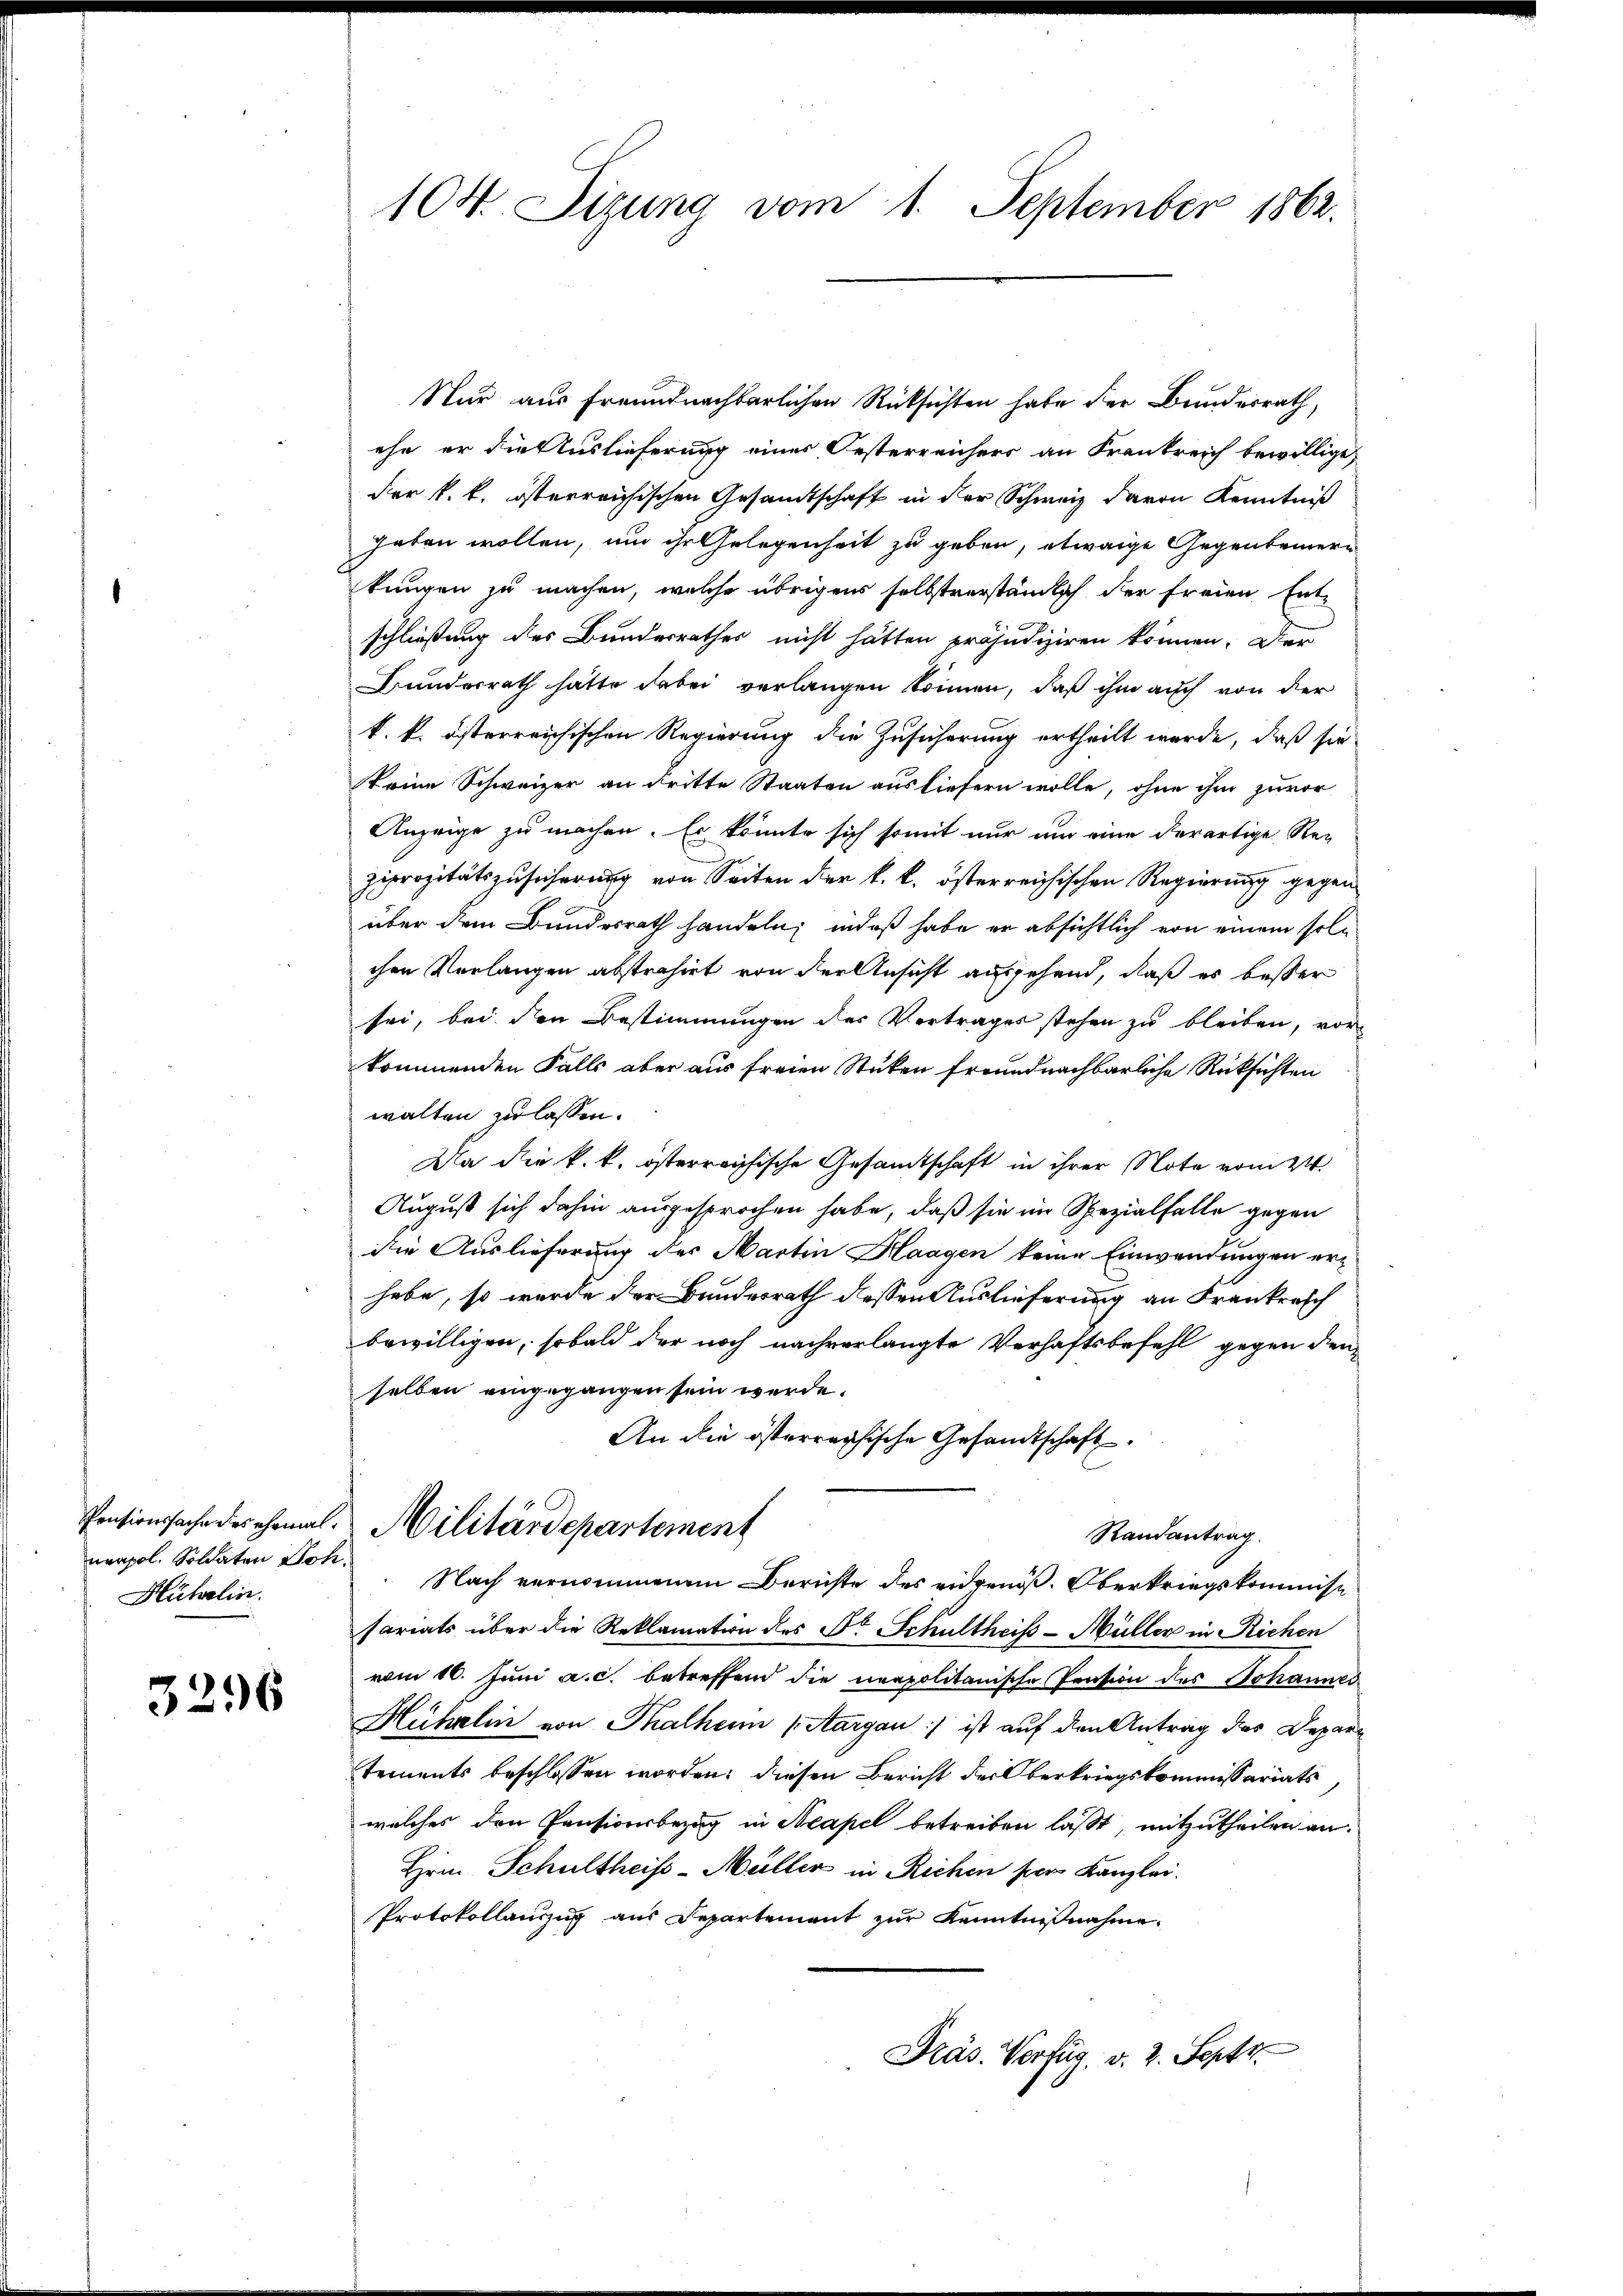
neapol. Soldaten Joh.
Hübelin.

3296

104. Sizung vom 1. September 1862.

Nur aus freundnachbarlichen Rücksichten habe der Bundesrath,
ehe er die Auslieferung eines Oesterreichers an Frankreich bewillige,
der k. k. österreichischen Gesandtschaft in der Schweiz davon Kenntniß
geben wollen, und ihr Gelegenheit zu geben, etwaige Gegenbeinern
kungen zu machen, welche übrigens selbstverständlich der freien Entschließung des Bundesrathes nicht hätten präjudiziren können. Der
Bunderrath hätte dabei verlangen können, daß ihm auch von der
k. k. österreichischen Regierung die Zusicherung ertheilt werde, daß sie
keine Schweizer an dritte Staaten ausliefern wolle, ohne ihm zuvor
Anzeige zu machen. Es könnte sich somit nur um eine derartige Re-
Ziprozitätszusicherung von Seiten der k. k. österreichischen Regierung gegen
über dem Bundesrath handeln; indeß habe er absichtlich von einem solchen Verlangen abstrahirt von der Ansicht ausgehend, daß es besser
sei, bei den Bestimmungen des Vertrages stehen zu bleiben, vor
kommenden Falls aber aus freien Stücken freundnachbarliche Rücksichten
walten erlassen.
Da die k. k. österreichische Gesandtschaft in ihrer Note vom 24.
August sich dahin ausgesprochen habe, daß sie im Spezialfalle gegen
die Auslieferung des Martin Haagen keine Einwendungen erhabe, so wurde der Bundesrath dessen Auslieferung an Frankreich
bewilligen, sobald der noch nachverlangte Verhaftsbefehl gegen den
selben eingegangen sein werde.
An die österreichische Gesandtschaft
Pensionssache des ehemal Militärdepartement
Randantrag.
Nach vernommenen Berichte des eidgenöß. Oberkriegskommiss
fariats über die Reklamation des Dr. Schultheiss-Müller in Richen
vom 10. Juni a. c. betreffend die neapolitanische Pension des Johannes
Hührlin von Thalheim (Aargau ist auf den Antrag des Departements beschlossen worden: diesen Bericht der Oberkriegskommissariats
welches den Pensionsbezug in Neapel betreiben laßt, mitzutheilen an
Hrn. Schultheiss-Müller in Richen per Kanzlei.
Protokollanzug aus Departement zur Kenntnißnahme
Präs. Verfüg. v. 2. Sept.